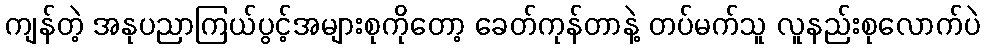
ကျန်တဲ့ အနုပညာကြယ်ပွင့်အများစုကိုတော့ ခေတ်ကုန်တာနဲ့ တပ်မက်သူ လူနည်းစုလောက်ပဲ